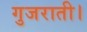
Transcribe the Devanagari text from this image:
गुजराती।